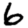
Digit: 6